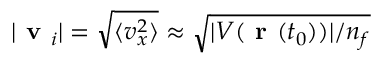
| \textbf { v } _ { i } | = \sqrt { \langle v _ { x } ^ { 2 } \rangle } \approx \sqrt { | V ( { \textbf { r } } ( t _ { 0 } ) ) | / n _ { f } }